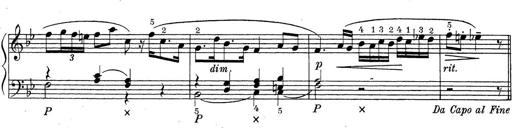
Title: ÄŒeskÃ© Sonatiny
Composer: Various